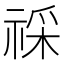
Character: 𥚖